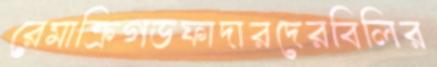
রেমাক্রিগডফাদারদেরবিলির